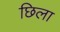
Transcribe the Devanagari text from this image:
छिला